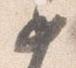
如